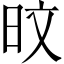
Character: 旼